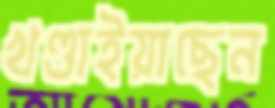
খণ্ডাইয়াছেন